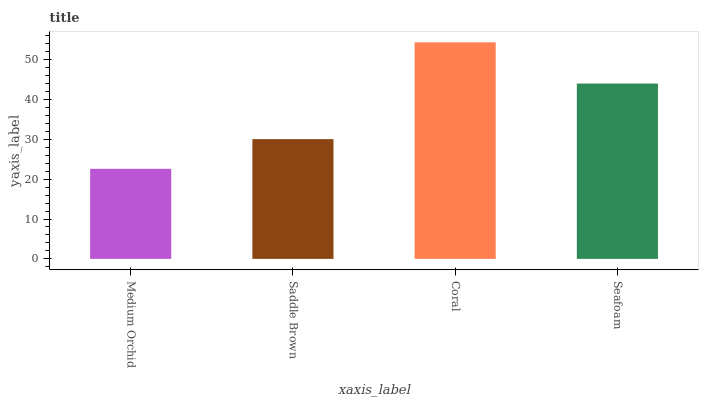
| xaxis_label | bars |
 | --- | --- |
 | Medium Orchid | 22.6 |
 | Saddle Brown | 30 |
 | Coral | 54.3 |
 | Seafoam | 44 |